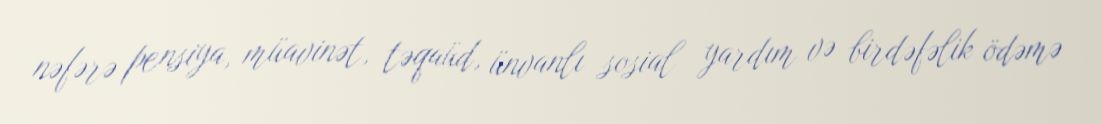
nəfərə pensiya, müavinət, təqaüd, ünvanlı sosial yardım və birdəfəlik ödəmə